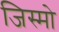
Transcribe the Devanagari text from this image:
जिस्मो